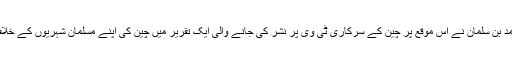
برطانوی اخبار کے مطابق محمد بن سلمان نے اس موقع پر چین کے سرکاری ٹی وی پر نشر کی جانے والی ایک تقریر میں چین کی اپنے مسلمان شہریوں کے خلاف کارروائیوں کی حمایت کی ۔